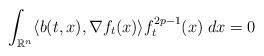
LaTeX: \begin{align*}\int_{\mathbb{R}^{n}}\langle b(t,x),\nabla f_{t}(x)\rangle f_{t}^{2p-1}(x)\;dx=0\end{align*}